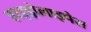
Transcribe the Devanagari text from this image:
हाइड्रोलाइपेस